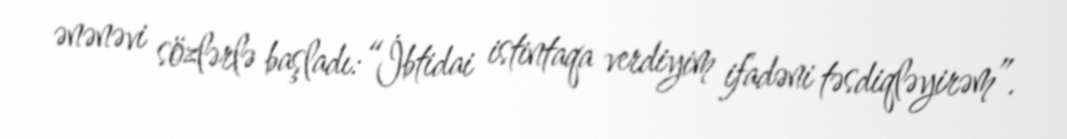
ənənəvi sözlərlə başladı:“İbtidai istintaqa verdiyim ifadəni təsdiqləyirəm”.